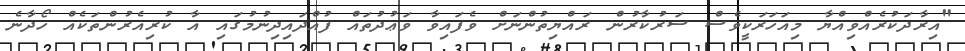
"އިރާދަކުރެއްވިއްޔާ މިއަހަރަކީވެސް ސަރުކާރުން ރައްޔިތުންނަށް ވެފައިވާ ވަޢުދުތައް ފުއްދައިދިނުމުގައި އާ ކުރިއެރުންތަކެއް ހޯދާނެ